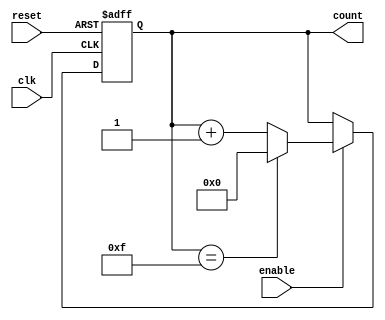
module MemoryBlocksUpCounter (
    input wire clk,          // Clock signal
    input wire reset,        // Reset signal
    input wire enable,       // Enable signal
    output reg [3:0] count   // 4-bit counter output
);

    // Asynchronous reset and counting logic
    always @(posedge clk or posedge reset) begin
        if (reset) begin
            count <= 4'b0000; // Reset the counter to zero
        end else if (enable) begin
            if (count == 4'b1111) begin
                count <= 4'b0000; // Wrap around on overflow
            end else begin
                count <= count + 1; // Increment the counter
            end
        end
    end

endmodule